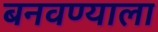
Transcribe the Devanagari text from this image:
बनवण्याला